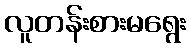
လူတန်းစားမရွေး